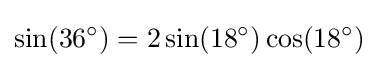
\sin(36^{\circ })=2\sin(18^{\circ })\cos(18^{\circ })